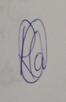
Signature authenticity: genuine